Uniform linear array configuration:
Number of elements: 48
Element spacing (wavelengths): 1
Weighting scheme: hann
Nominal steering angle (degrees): -15
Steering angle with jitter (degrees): -13.143
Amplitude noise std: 0.05
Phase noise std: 0.05

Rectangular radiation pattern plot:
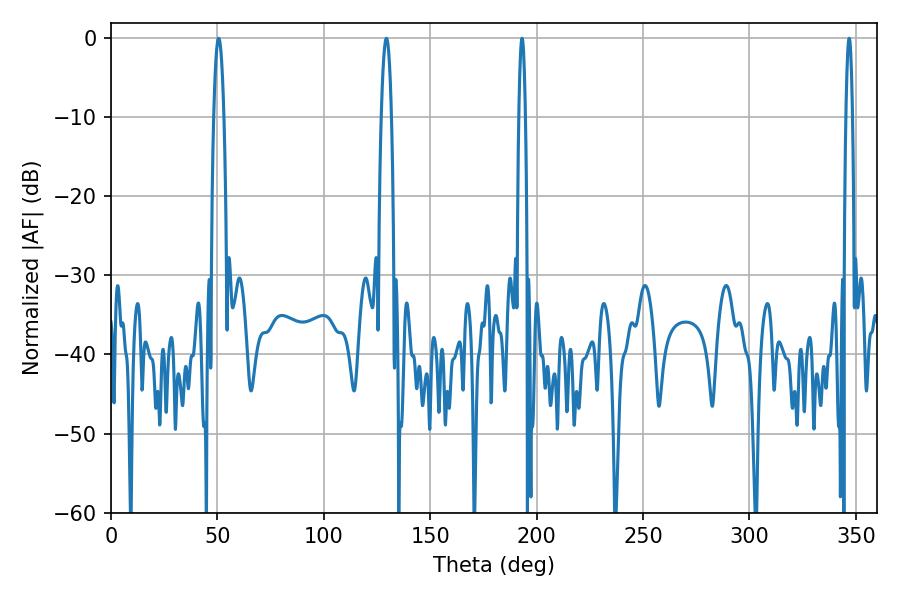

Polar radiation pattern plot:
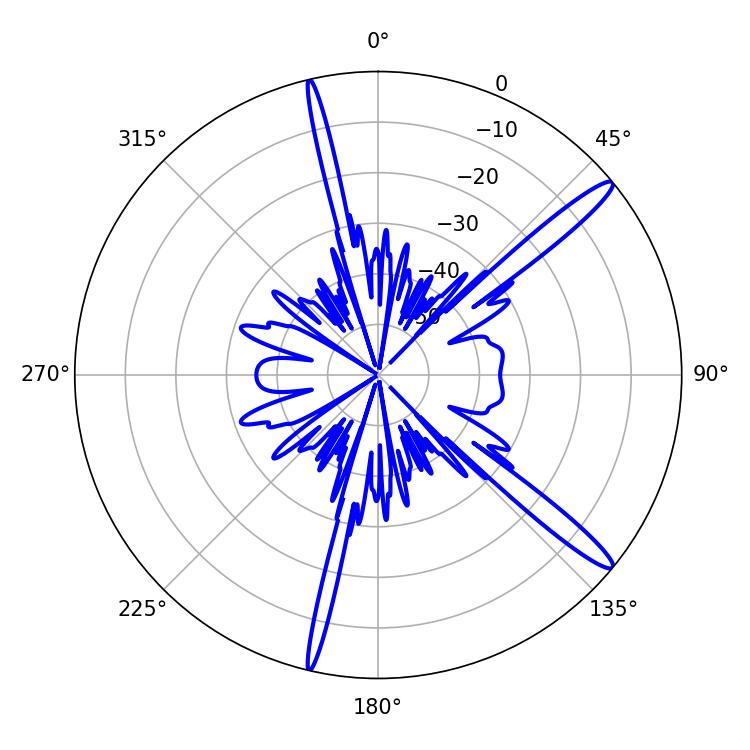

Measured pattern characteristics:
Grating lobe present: TRUE
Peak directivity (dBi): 15.023
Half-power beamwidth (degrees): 2.52
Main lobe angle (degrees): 50.58